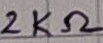
Text: 2KΩ